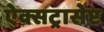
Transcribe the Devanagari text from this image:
ऐक्सट्रासेप्ट